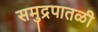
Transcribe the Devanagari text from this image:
समुद्रपातळी